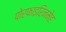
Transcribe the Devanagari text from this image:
पोरफाइरिनमेह